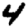
Digit: 4